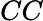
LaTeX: CC